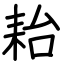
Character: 耛